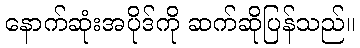
နောက်ဆုံးအပိုဒ်ကို ဆက်ဆိုပြန်သည်။